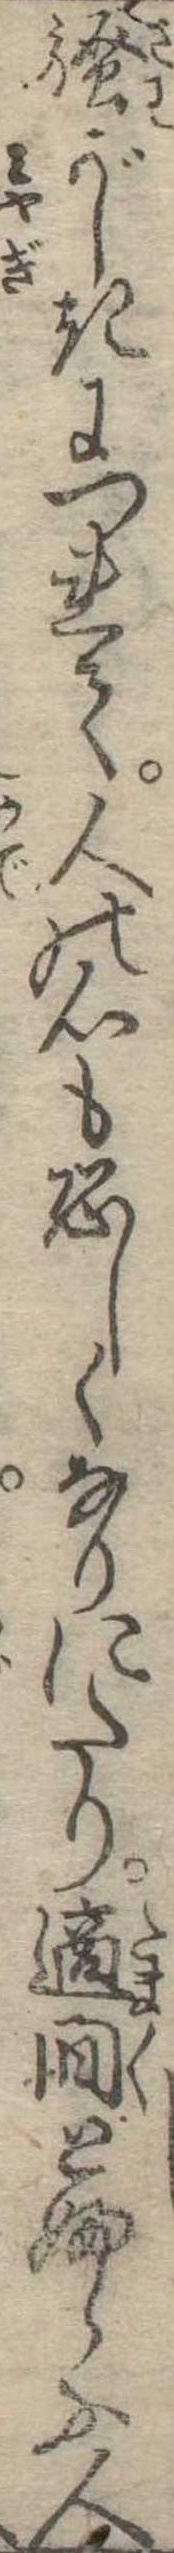
騒がしきにつれて人の心も恐しくなりにたり適間とふらふ人